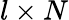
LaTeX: l\times N